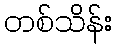
တစ်သိန်း